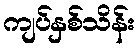
ကျပ်နှစ်သိန်း